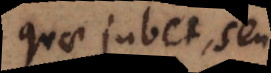
quae jubet, seu